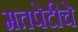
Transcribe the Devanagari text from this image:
मतपेटीचे